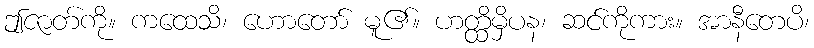
ဤဇာတ်ကို။ ကထေသိ၊ ဟောတော် မူ၏။ ဟတ္ထိမှိပန၊ ဆင်ကိုကား။ အာနီတေပိ၊